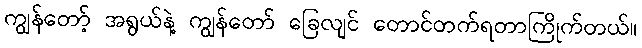
ကျွန်တော့် အရွယ်နဲ့ ကျွန်တော် ခြေလျင် တောင်တက်ရတာကြိုက်တယ်။